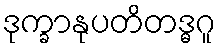
ဒုက္ခာနုပတိတဒ္ဓဂူ